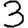
Digit: 3